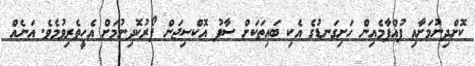
ކޮށްދިނުމަށާއި ފުއްޕާމެއިން ހަށިގަނޑުގެ އެކި ބައިތަކަށް ސާފު އޮކްސިޖަން ފޯރުކޮދިނުމަށް އެހީތެރިވުމެވެ. އަނެއް